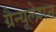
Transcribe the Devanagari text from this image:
ग्रैन्यूलेशन